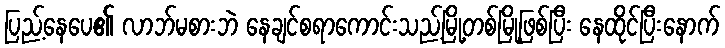
ပြည့်နေပေ၏ လာဘ်မစားဘဲ နေချင်စရာကောင်းသည့်မြို့တစ်မြို့ဖြစ်ပြီး နေထိုင်ပြီးနောက်